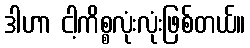
ဒါဟာ ငါ့ကိစ္စလုံးလုံးဖြစ်တယ်။